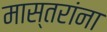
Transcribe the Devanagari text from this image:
मास्तरांना